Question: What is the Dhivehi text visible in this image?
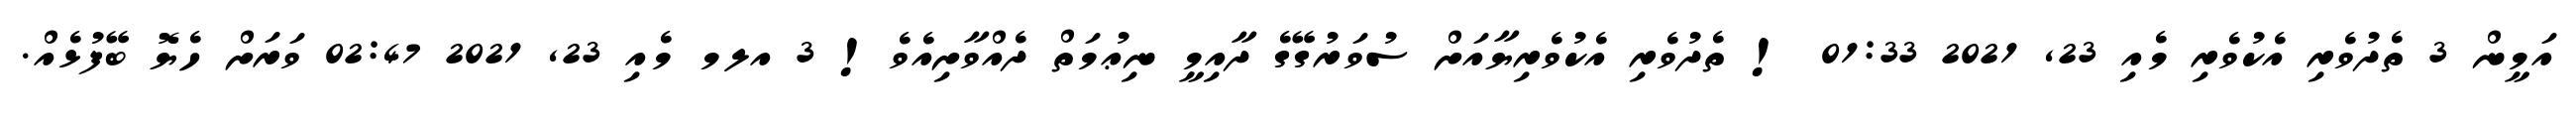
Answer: އަމީން 3 ތެދުވެރި އެކުވެރި މެއި 23, 2021 01:33 ! ތެދުވެރި އެކުވެރިޔާއަށް ސުވަރުގޭގެ ދާއިމީ ނިޢުމަތް ދެއްވާށިއެވެ! 3 އލމ މެއި 23, 2021 02:47 ވަރަށް ހެޔޮ ބޭފުޅެއް.